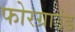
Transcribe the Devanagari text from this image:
फोरग्राउंड